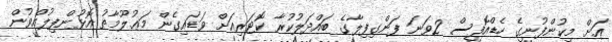
އަށް މިކުންފުނީގެ ހެޑްއޮފީސް 2ވަނަ ފަންގިފިލާގެ ބައްދަލުކުރާ ކޮޓަރިއަށް ވަޑައިގެން މަޢުލޫމާތު އޮޅުންފިލުއްވުން